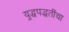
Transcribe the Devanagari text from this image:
युद्धपद्धतींचा